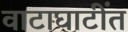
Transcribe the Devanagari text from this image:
वाटाघाटींत